Annual report of the Punjab Veterinary College and of the Civil Veterinary Department, Punjab - 1926-1932
Year: 1926
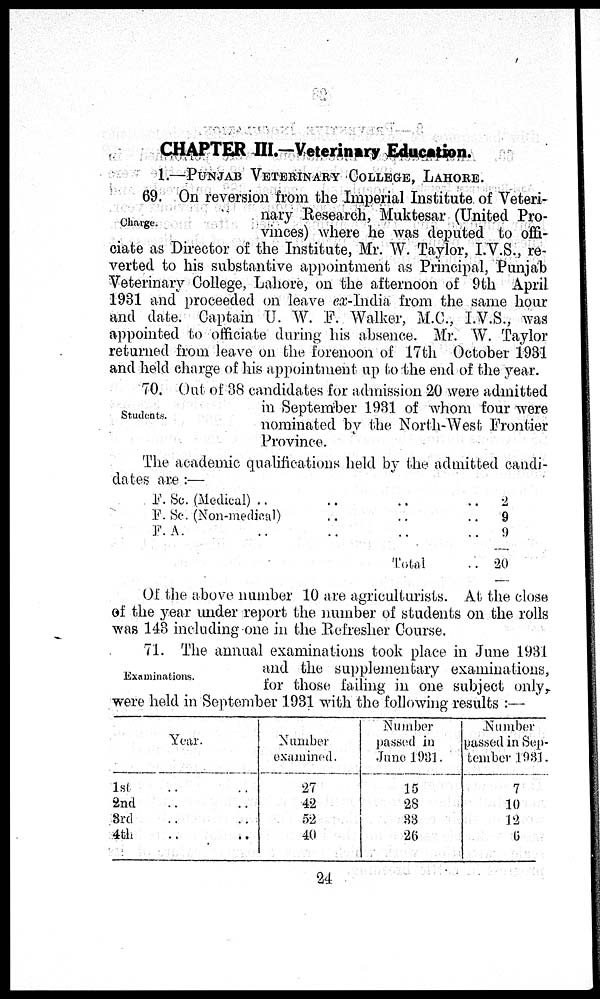
CHAPTER III.-Veterinary Education.
1.—PUNJAB VETERINARY COLLEGE, LAHORE.
Charge.
69. On reversion from the Imperial Institute of Veteri-
nary Research, Muktesar (United Pro-
vinces) where he was deputed to offi-
ciate as Director of the Institute, Mr. W. Taylor, I.V.S., re-
verted to his substantive appointment as Principal, Punjab
Veterinary College, Lahore, on the afternoon of 9th April
1931 and proceeded on leave ex-India from the same hour
and date. Captain U. W. F. Walker, M.C., I.V.S., was
appointed to officiate during his absence. Mr. W. Taylor
returned from leave on the forenoon of 17th October 1931
and held charge of his appointment up to the end of the year.
Students.
70. Out of 38 candidates for admission 20 were admitted
in September 1931 of whom four were
nominated by the North-West Frontier
Province.
The academic qualifications held by the admitted candi-
dates are :—
F. Sc. (Medical) ..
..
..
..
F. Sc. (Non-medical) .. .. ..
F. A. .. .. .. ..
Total ..
2
9
9
20
Of the above number 10 are agriculturists. At the close
of the year under report the number of students on the rolls
was 148 including one in the Refresher Course.
Examinations.
71. The annual examinations took place in June 1931
and the supplementary examinations,
for those failing in one subject only,
were held in September 1981 with the following results :—
Year.
1st .. ..
2nd .. ..
3rd .. ..
4th
.. ..
Number
examined.
27
42
52
40
Number
passed in
June 1931.
15
28
33
26
Number
passed in Sep-
tember 1931.
7
10
12
6
24